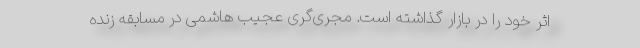
اثر خود را در بازار گذاشته است. مجری‌گری عجیب هاشمی در مسابقه زنده